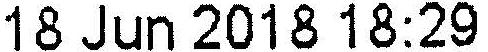
18 JUN 2018 18:29